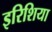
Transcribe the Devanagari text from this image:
इरिशिया